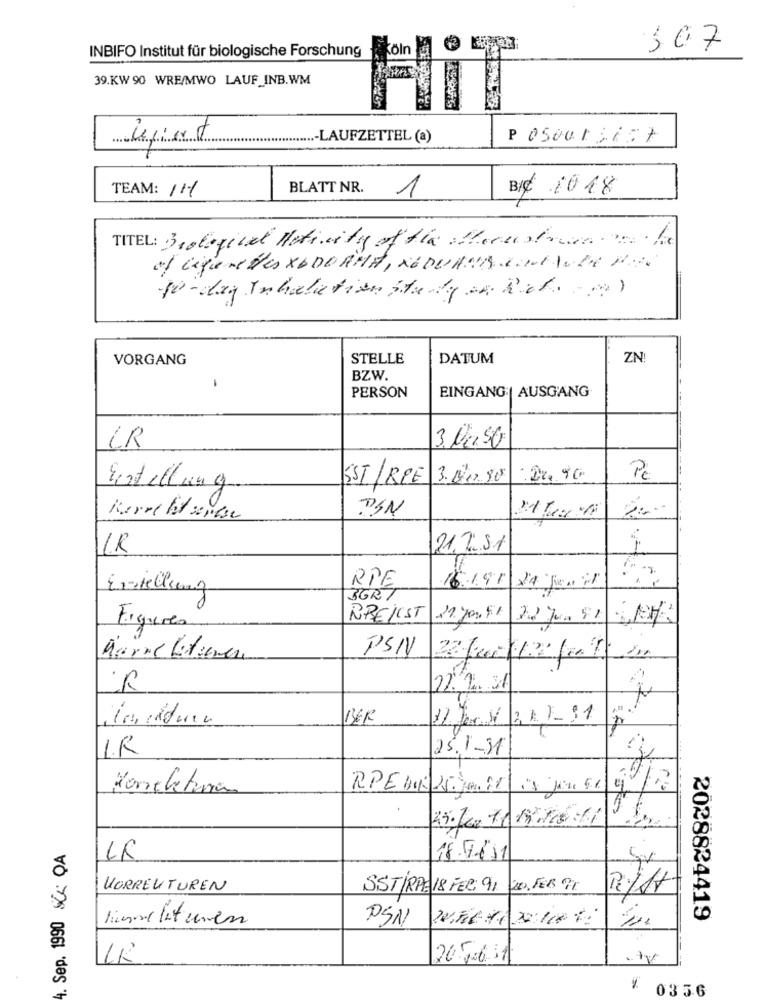
307
INBIFO Institut für biologische Forschung
39.KW 90 WRE/MWO LAUF_INB.WM
Ufint
-LAUFZETTEL (a)
P 050013677
TEAM: 111
BLATT NR.
BIC 2018
1
TITEL: Biological Heticity of the Here heures he
Ligure Des XADORHA, NEQUAND COMMODE PA
to - day In hale tion staty en Rel =)
VORGANG
STELLE
DATUM
ZN
BZW.
PERSON
EINGANG | AUSGANG
3. Mi.50
CR
SST/RPE 3.NOSE
Pc
Estellung
PSN
Korrekt anese
IR
21/2:51
RPE
Erstellung
16.191 24 Juni
SGRT
BREJUST
11.Jan. 51 22 Jun 91
Figures
PSNV
Marne Lefever
R
BER
I.R
25.1-31
Koneletura
1. Sep. 1990 CC. QA
18.7/11
KORREKTUREN
SSTIRPE 18 FER: 91
20. FEB PT
PSN
2028824419
20.5.6.11.
¥ 0356